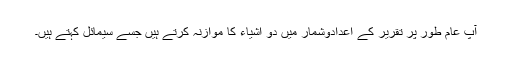
آپ عام طور پر تقریر کے اعدادوشمار میں دو اشیاء کا موازنہ کرتے ہیں جسے سیمائل کہتے ہیں۔